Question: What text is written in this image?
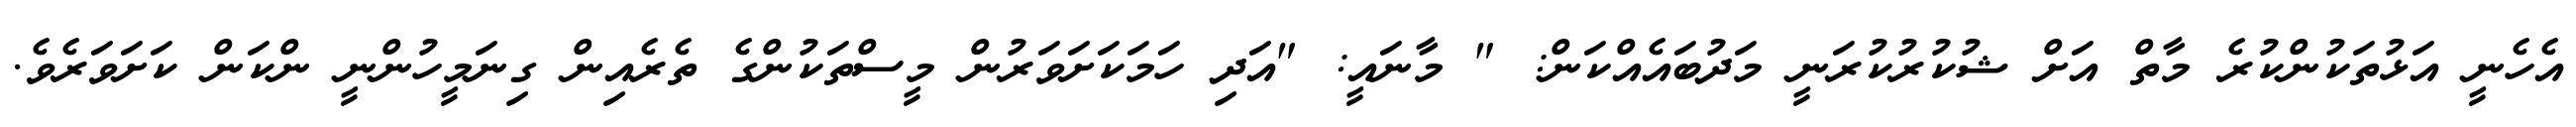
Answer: އެހެނީ އަޅުތަކުންކުރެ މާތް އަށް ޝުކުރުކުރަނީ މަދުބައެއްކަން: " މާނައީ: "އަދި ހަމަކަށަވަރުން މީސްތަކުންގެ ތެރެއިން ގިނަމީހުންނީ ންކަން ކަށަވަރެވެ.